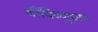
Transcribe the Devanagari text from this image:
श्रीविष्णूच्या